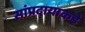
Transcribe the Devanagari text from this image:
सांप्रदायाकडे